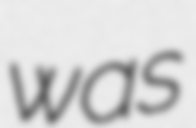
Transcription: was